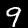
Label: 9